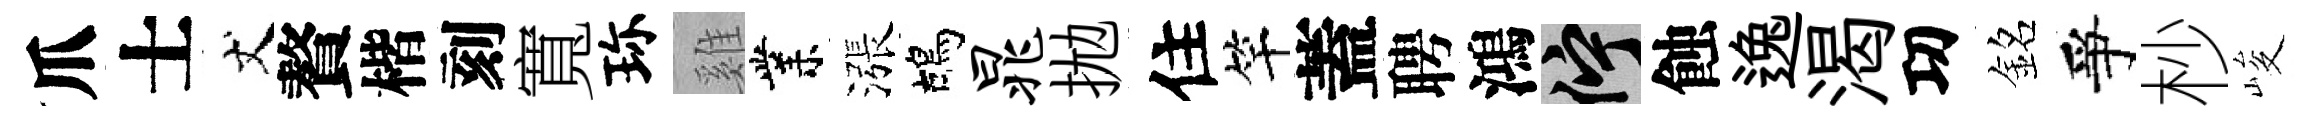
爪士丈贅楷刻寬珎雞業漲鴣晁拋住竿蓋聘鴻伫蝕逸渴㓛銘爭杪峻